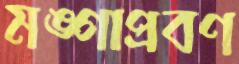
মঙ্গাপ্রবণ